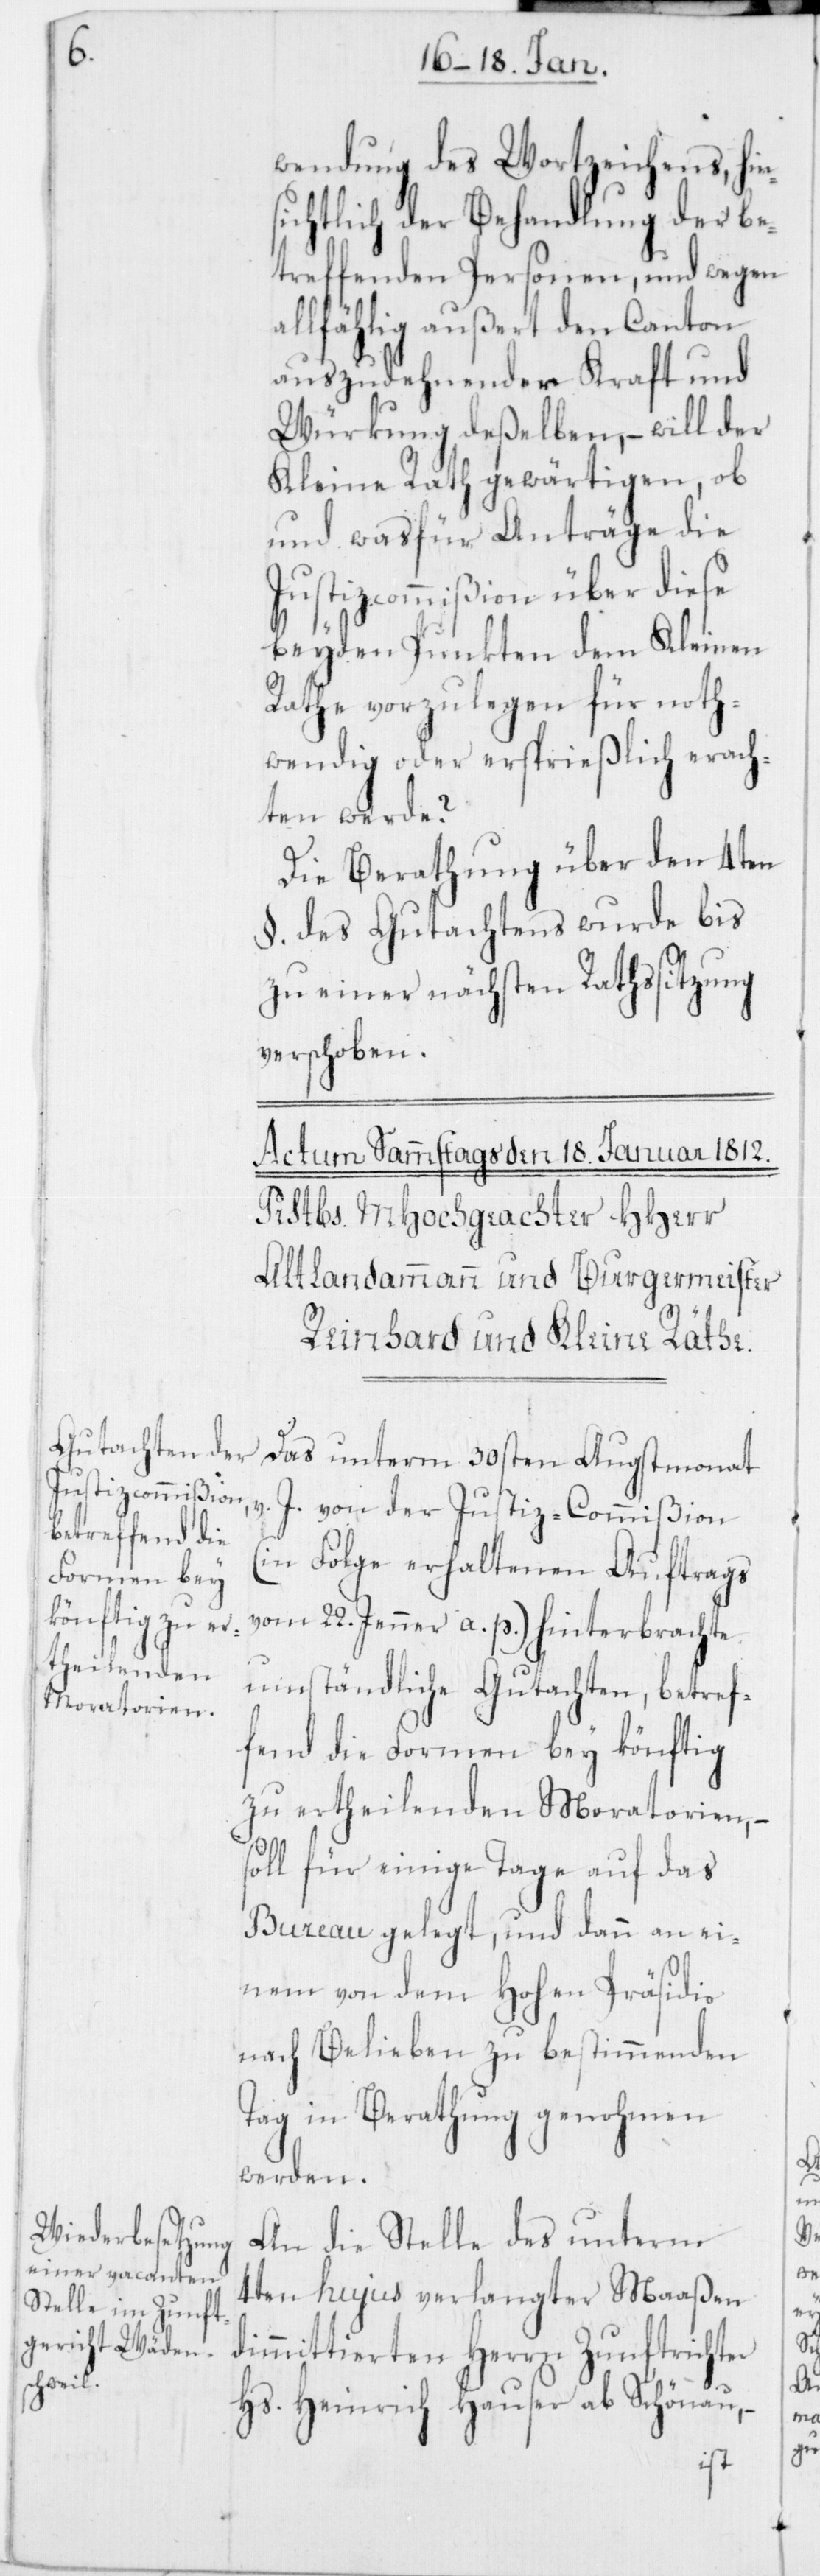
wendung des Wortzeichens, hin¬
sichtlich der Behandlung der be¬
treffenden Personen, und wegen
allfählig außert den Canton
auszudehnender Kraft und
Würkung deßelben, – will der
Kleine Rath gewärtigen, ob
und was für Anträge die
JustizCommißion über diese
beyden Punkten dem Kleinen
Rathe vorzulegen für noth¬
wendig oder ersprießlich erach¬
ten werde?
Die Berathung über den 4ten
§. des Gutachtens wurde bis
zu einer nächsten Rathssitzung
verschoben.
Das unterm 30sten Augstmonat
v. J. von der Justiz-Commißion
(in Folge erhaltenen Auftrags
vom 22. Jenner a. p.) hinterbrachte
umständliche Gutachten, betref¬
fend die Formen bey könftig
zu ertheilenden Moratorien, –
soll für einige Tage auf das
Bureau gelegt, und dann an ei¬
nem von dem Hohen Präsidio
nach Belieben zu bestimmenden
Tag in Berathung genohmen
werden.
An die Stelle des unterm
4ten hujus verlangtermaßen
dimmitierten Herrn Zunftrichter
Hs. Heinrich Hauser ab Schönau, –